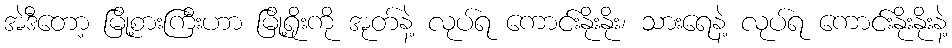
အဲဒီတော့ မြို့စားကြီးဟာ မြို့ရိုးကို အုတ်နဲ့ လုပ်ရ ကောင်းနိုးနိုး၊ သားရေနဲ့ လုပ်ရ ကောင်းနိုးနိုးနဲ့